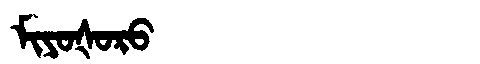
Manchu: ᠮᡳᠶᠣᡧᠣᡵᠣ
Romanization: MIYOŠORO